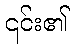
၎င်း၏